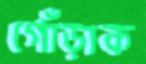
গোঁড়াক